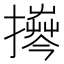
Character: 𱠹